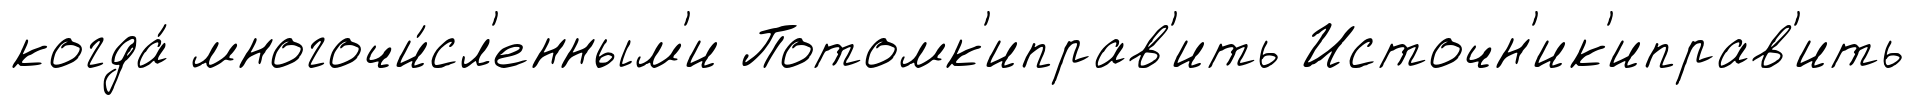
когда́ многочи́сл'енным'и Потомк'иправ'ить Источн'ик'иправ'ить